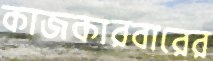
কাজকারবারের